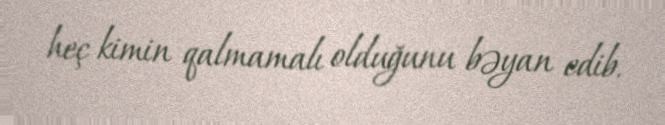
heç kimin qalmamalı olduğunu bəyan edib.